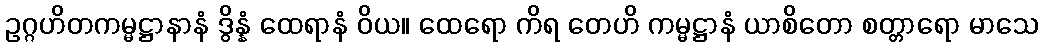
ဥဂ္ဂဟိတကမ္မဋ္ဌာနာနံ ဒွိန္နံ ထေရာနံ ဝိယ။ ထေရော ကိရ တေဟိ ကမ္မဋ္ဌာနံ ယာစိတော စတ္တာရော မာသေ